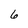
Character: 6